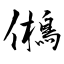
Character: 鵂